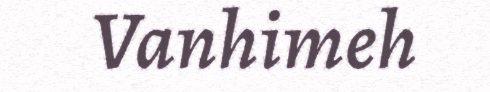
Vanhimeh